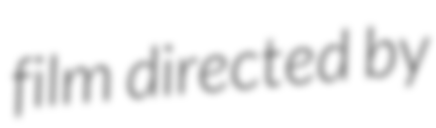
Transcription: film directed by